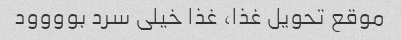
موقع تحویل غذا، غذا خیلی سرد بوووود